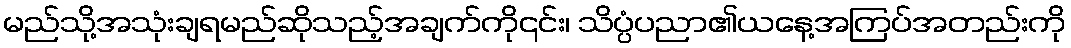
မည်သို့အသုံးချရမည်ဆိုသည့်အချက်ကို၎င်း၊ သိပ္ပံပညာ၏ယနေ့အကြပ်အတည်းကို